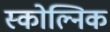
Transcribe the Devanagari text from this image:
स्कोल्निक